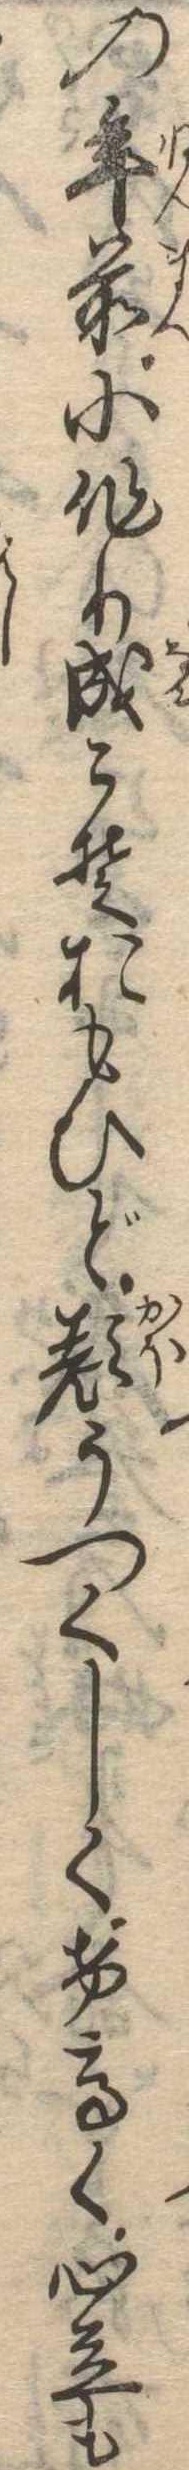
の年前小作り成こそおもひど顔うつくしくけ高く心立も